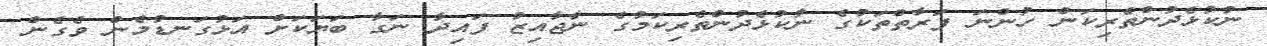
ނުކުޅެދުންތެރިކަން ހުންނަ ފަރާތްތަކުގެ ނުކުޅެދުންތެރިކަމުގެ ނާޖާއިޒު ފައިދާ ނަގާ ބަޔަކަށް އަޅުގަނޑުމެން ވެގެން